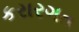
કરારગત